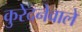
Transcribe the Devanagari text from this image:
कुरेदनेवाले